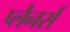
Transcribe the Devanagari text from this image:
प्लैनर्स